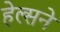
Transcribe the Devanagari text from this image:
हेल्सने